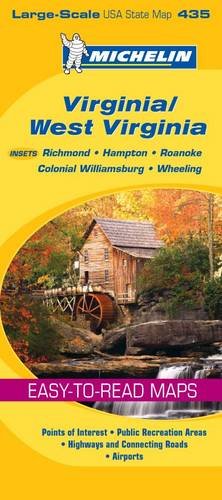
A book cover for Virginia/West Virginia Michelin Map 435; Travel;